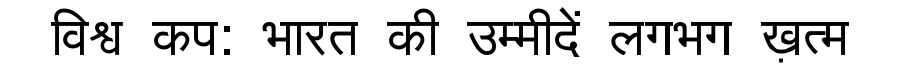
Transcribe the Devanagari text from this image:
विश्व कप: भारत की उम्मीदें लगभग ख़त्म